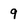
Character: 9